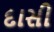
દાસી